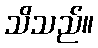
သိသည်။